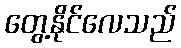
တွေ့နိုင်လေသည်